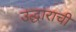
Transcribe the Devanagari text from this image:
उद्धाराची